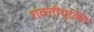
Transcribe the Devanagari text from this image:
शक्तीयुक्ति